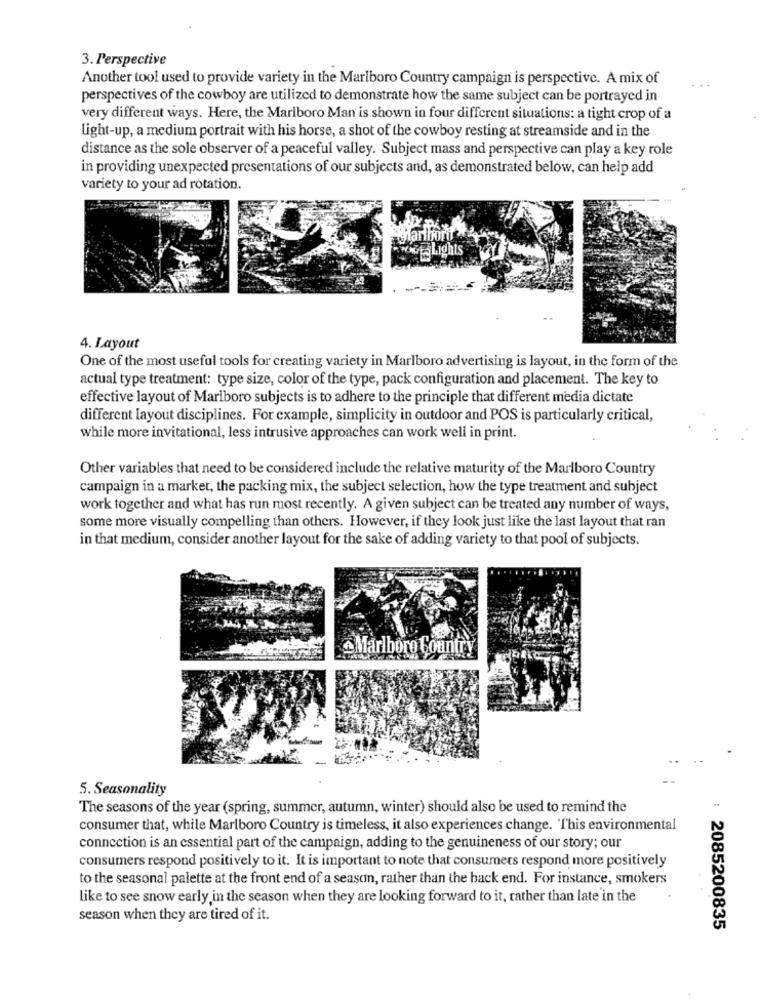
3. Perspective
Another tool used to provide variety in the Marlboro Country campaign is perspective. A mix of
perspectives of the cowboy are utilized to demonstrate how the same subject can be portrayed in
very different ways. Here, the Marlboro Man is shown in four different situations: a tight crop of a
Light-up, a medium portrait with his horse, a shot of the cowboy resting at streamside and in the
distance as the sole observer of a peaceful valley. Subject mass and perspective can play a key role
in providing unexpected presentations of our subjects and, as demonstrated below, can help add
variety to your ad rotation.
Lights
4. Layout
One of the most useful tools for creating variety in Marlboro advertising is layout, in the form of the
actual type treatment: type size, color of the type, pack configuration and placement. The key to
effective layout of Marlboro subjects is to adhere to the principle that different media dictate
different layout disciplines. For example, simplicity in outdoor and POS is particularly critical,
while more invitational, less intrusive approaches can work well in print.
Other variables that need to be considered include the relative maturity of the Marlboro Country
campaign in a market, the packing mix, the subject selection, how the type treatment and subject
work together and what has run most recently. A given subject can be treated any number of ways,
some more visually compelling than others. However, if they look just like the last layout that ran
in that medium, consider another layout for the sake of adding variety to that pool of subjects.
@Marlboro Countr
5. Seasonality
The seasons of the year (spring, summer, autumn, winter) should also be used to remind the
consumer that, while Marlboro Country is timeless, it also experiences change. This environmental
connection is an essential part of the campaign, adding to the genuineness of our story; our
consumers respond positively to it. It is important to note that consumers respond more positively
to the seasonal palette at the front end of a season, rather than the back end. For instance, smokers
like to see snow early in the season when they are looking forward to it, rather than late in the
season when they are tired of it.
: 2085200835